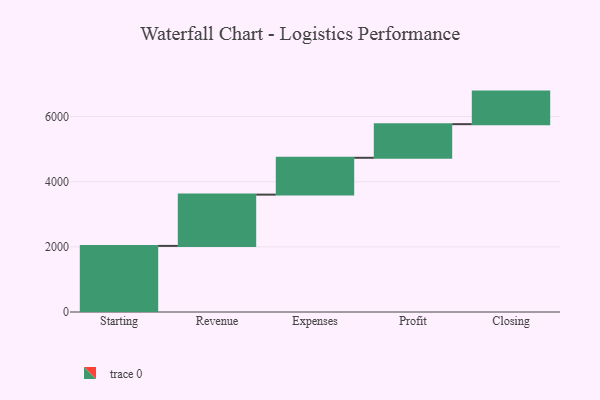
{"axis": {"x": "Step", "y": "Value"}, "legend": [""], "data": [{"x": "Starting", "y": 2030.0, "type": ""}, {"x": "Revenue", "y": 1575.0, "type": ""}, {"x": "Expenses", "y": 1131.0, "type": ""}, {"x": "Profit", "y": 1033.0, "type": ""}, {"x": "Closing", "y": 1000, "type": ""}]}